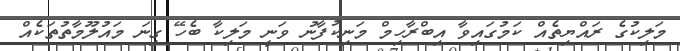
މަލިކުގެ ރައްޔިތެއް ކަމުގައިވާ އިބްރާހިމް މަނިކުފާނު ވަނީ މަލިކާ ބެހޭ ގިނަ މައުލޫމާތުތަކެއް